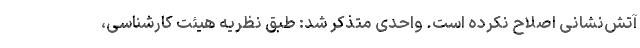
آتش‌نشانی اصلاح نکرده است. واحدی متذکر شد: طبق نظریه هیئت کارشناسی،